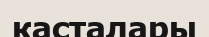
касталары